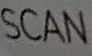
Sacn